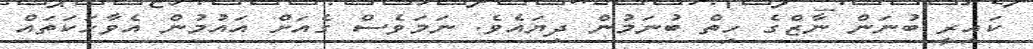
ކައިރީ ބުނަން ނާޒްގެ ހިތް ބުނަމުން ދިޔައެވެ. ނަމަވެސް ގެއަށް އައުމުން އެވާހަކަތައް